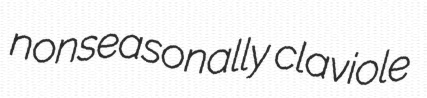
nonseasonally claviole